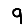
Digit: 9